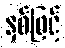
နှစ်ဖြင့်